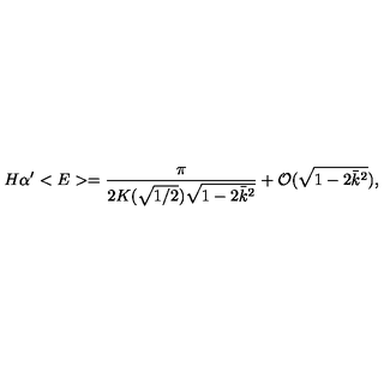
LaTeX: H \alpha ^ { \prime } < E > = \frac { \pi } { 2 K ( \sqrt { 1 / 2 } ) \sqrt { 1 - 2 \bar { k } ^ { 2 } } } + { \cal O } ( \sqrt { 1 - 2 \bar { k } ^ { 2 } } ) ,